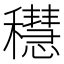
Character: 𥣴